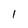
Character: 1